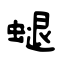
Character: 螁